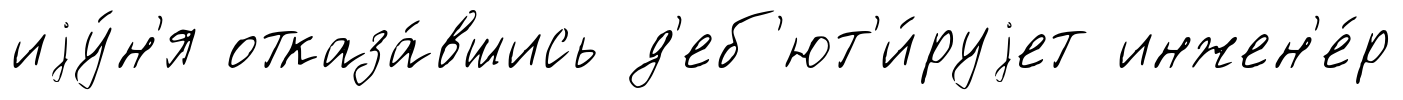
иjу́н'я отказа́вшись д'еб'ют'и́руjет инжен'е́р